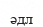
әдл